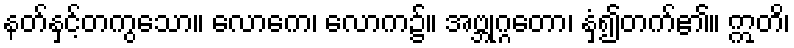
နတ်နှင့်တကွသော။ လောကေ၊ လောက၌။ အဗ္ဘုဂ္ဂတော၊ နှံ့၍တက်၏။ ဣတိ၊